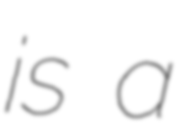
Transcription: is a